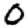
Digit: 0